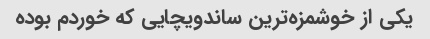
یکی از خوشمزه‌ترین ساندویچایی که خوردم بوده